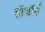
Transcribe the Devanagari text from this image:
हॉथॉर्न